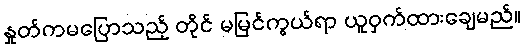
နှုတ်ကမပြောသည့် တိုင် မမြင်ကွယ်ရာ ယူဝှက်ထားချေမည်။